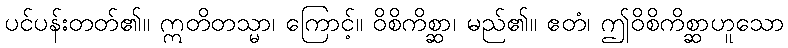
ပင်ပန်းတတ်၏။ ဣတိတသ္မာ၊ ကြောင့်။ ဝိစိကိစ္ဆာ၊ မည်၏။ ဧတံ၊ ဤဝိစိကိစ္ဆာဟူသော